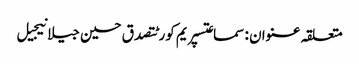
متعلقہ عنوان : سماعتسپریم کورٹتصدق حسین جیلانیجیل